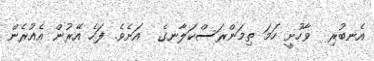
އެނބުރި  ވާހުށީ ހަމަ ތިމަންރަސްކަލާނގެ  އަށެވެ. ފަހެ އޭރުން އެއުރެން